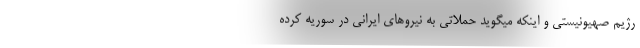
رژیم صهیونیستی و اینکه میگوید حملاتی به نیروهای ایرانی در سوریه کرده